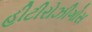
હીટીરોઝીગોસ